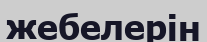
жебелерін